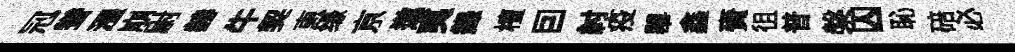
𠜍聳漲崩尉赫牛契恵缘亰遨夷錄檀囙紂疫畢鑫賚徂普槃囚恥碚必